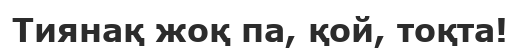
Тиянақ жоқ па, қой, тоқта!